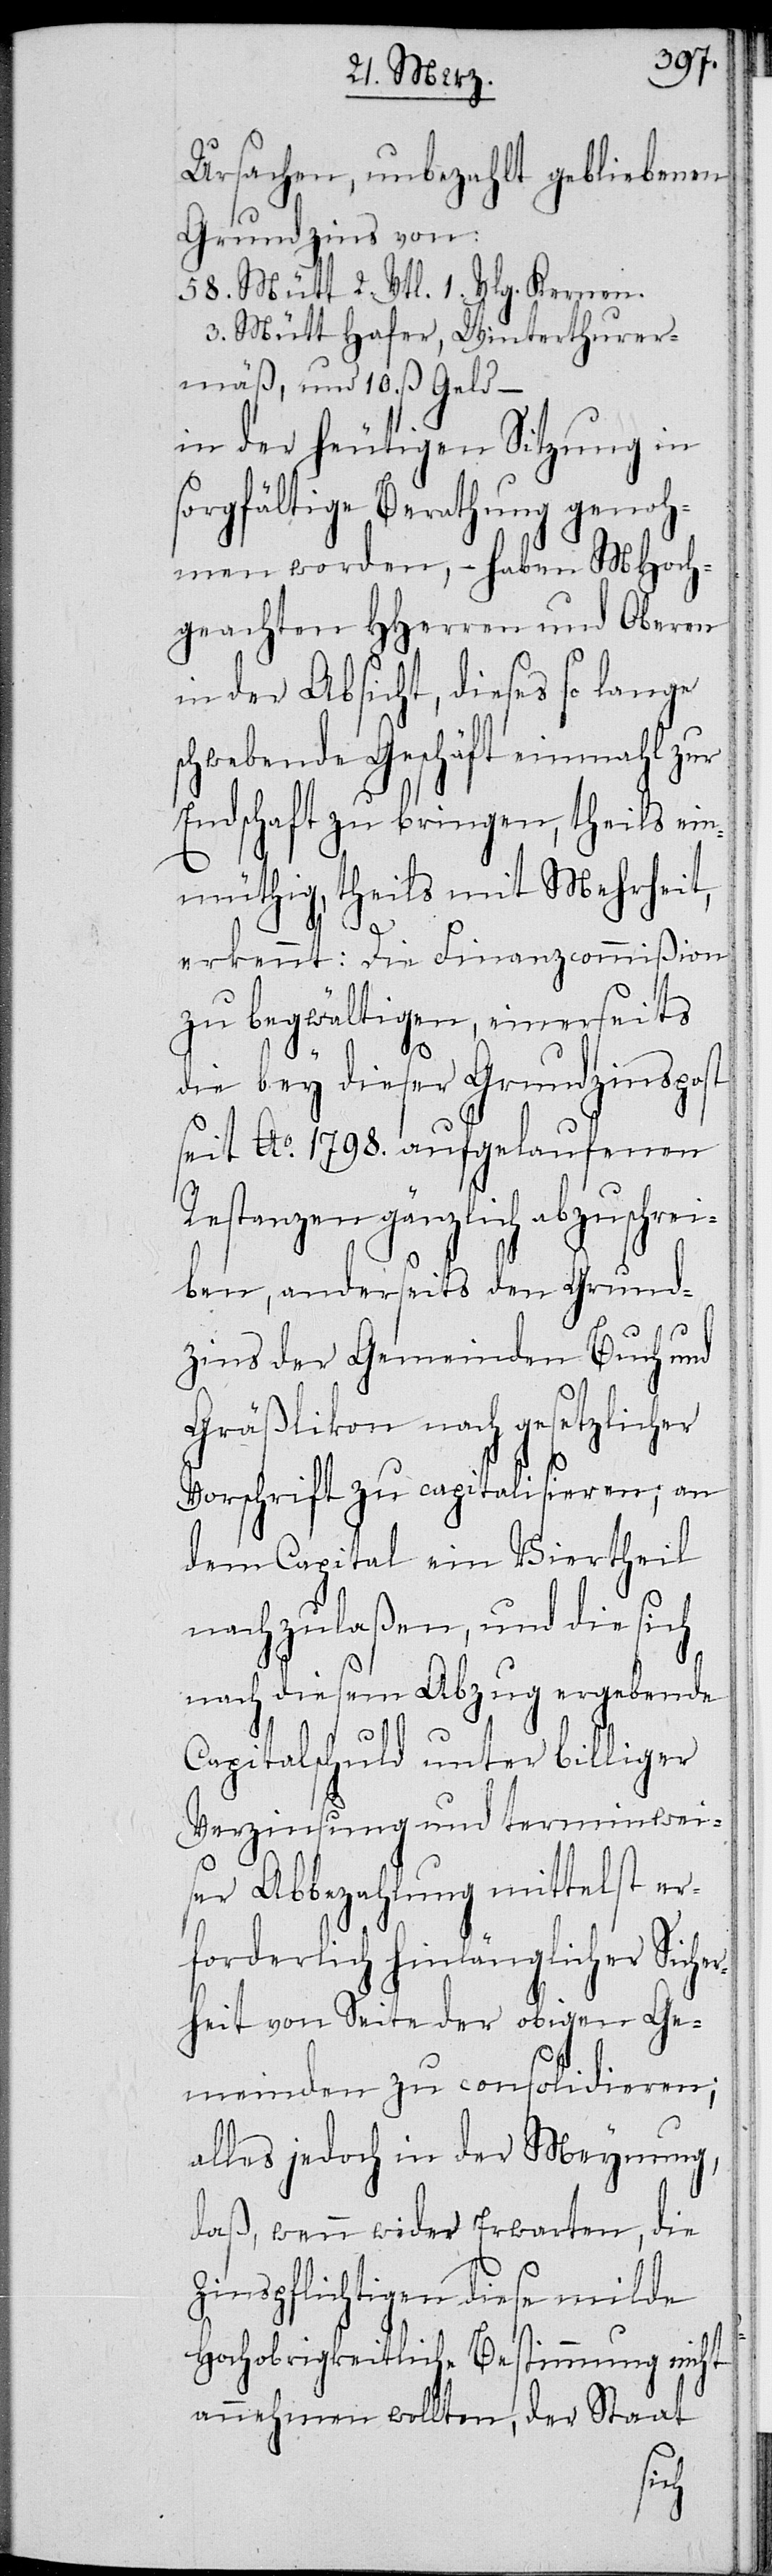
Ursachen, unbezahlt gebliebenen
Grundzins von:
58. Mütt 2. Vtl. 1. Vlg. Kernen
3 Mütt Hafer, Winterthurer¬
mäß, und 10. ß Geld –
in der heutigen Sitzung in
sorgfältige Berathung genoh¬
men worden, – haben MHoch¬
geachten HHerren und Oberen
in der Absicht, dieses so lange
schwebende Geschäft einmahl zur
Endschaft zu bringen, theils ein¬
müthig, theils mit Mehrheit,
erkennt: Die Finanzcommißion
zu begwältigen, einerseits
die bey dieser Grundzinspost
seit Ao. 1798. aufgelaufenen
Restanzen gänzlich abzuschrei¬
ben, anderseits den Grund¬
zins der Gemeinden Buch und
Gräßlikon nach gesetzlicher
Vorschrift zu capitalisieren; an
dem Capital ein Viertheil
nachzulaßen, und die sich
nach diesem Abzug ergebende
Capitalschuld unter billiger
Verzinsung und terminwei¬
ser Abbezahlung mittelst er¬
forderlich hinlänglicher Siche¬
rheit von Seite der obigen Ge¬
meinden zu consolidieren;
alles jedoch in der Meynung,
daß, wenn wider Erwarten, die
Zinspflichtigen diese milde
Hochobrigkeitliche Bestimmung nicht
annehmen wollten, der Staat